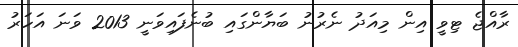
ރާއްޖެ ޓިވީ އިން މިއަދު ނެރުނު ބަޔާންގައި ބުނެފައިވަނީ 2013 ވަނަ އަހަރު